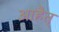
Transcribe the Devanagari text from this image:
आहैत्